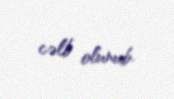
cəlb olunub.